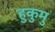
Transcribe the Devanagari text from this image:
हुकुमु